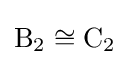
\mathrm {B} _{2}\cong \mathrm {C} _{2}